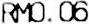
RM0.06